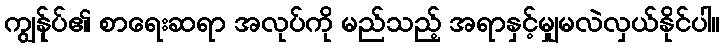
ကျွန်ုပ်၏ စာရေးဆရာ အလုပ်ကို မည်သည့် အရာနှင့်မျှမလဲလှယ်နိုင်ပါ။